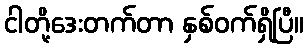
ငါတို့ဒေးတက်တာ နှစ်ဝက်ရှိပြီ။